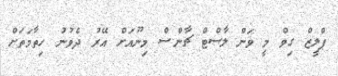
ޕްލީޒް ގިވް މީ ވަން ލާސްޓް ޗާންސް މިނޫއަށް އޭރު ދެވުނު ހިތާމަތަށް